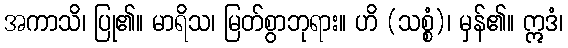
အကာသိ၊ ပြု၏။ မာရိသ၊ မြတ်စွာဘုရား။ ဟိ (သစ္စံ)၊ မှန်၏။ ဣဒံ၊